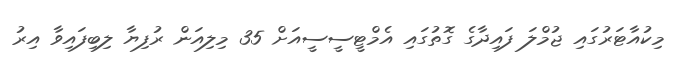
މިކުއާޓަރުގައި ޖުމްލަ ފައިދާގެ ގޮތުގައި އެމްޓީސީސީއަށް 35 މިލިއަން ރުފިޔާ ލިބިފައިވާ އިރު